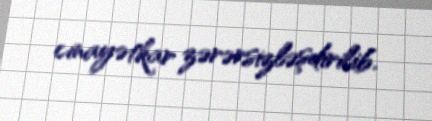
cinayətkar zərərsizləşdirilib.